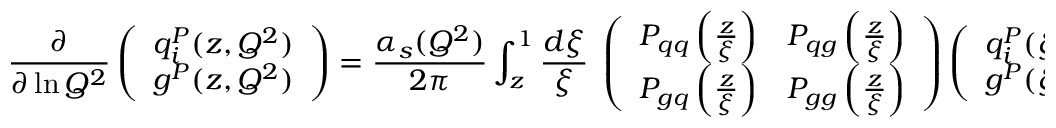
\frac { \partial } { \partial \ln Q ^ { 2 } } \left( \begin{array} { c } { { q _ { i } ^ { P } ( z , Q ^ { 2 } ) } } \\ { { g ^ { P } ( z , Q ^ { 2 } ) } } \end{array} \right) = \frac { \alpha _ { s } ( Q ^ { 2 } ) } { 2 \pi } \int _ { z } ^ { 1 } { \frac { d \xi } { \xi } } \; \left( \begin{array} { c c } { { P _ { q q } \left( { \frac { z } { \xi } } \right) } } & { { P _ { q g } \left( { \frac { z } { \xi } } \right) } } \\ { { P _ { g q } \left( { \frac { z } { \xi } } \right) } } & { { P _ { g g } \left( { \frac { z } { \xi } } \right) } } \end{array} \right) \left( \begin{array} { c } { { q _ { i } ^ { P } ( \xi , Q ^ { 2 } ) } } \\ { { g ^ { P } ( \xi , Q ^ { 2 } ) } } \end{array} \right) ,